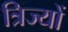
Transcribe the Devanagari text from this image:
त्रिज्यों